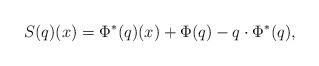
\begin{align*} S(q)(x) = \Phi^*(q)(x) + \Phi(q) - q\cdot\Phi^*(q),\end{align*}